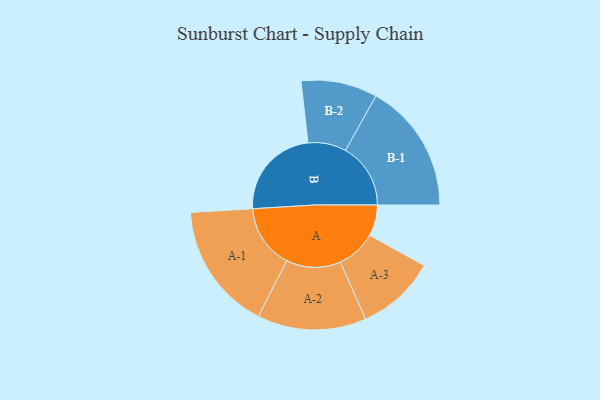
{"axis": {"x": "Segment", "y": "Value"}, "legend": ["", "A", "B"], "data": [{"x": "A", "y": 122, "type": ""}, {"x": "B", "y": 366, "type": ""}, {"x": "A-1", "y": 251, "type": "A"}, {"x": "A-2", "y": 214, "type": "A"}, {"x": "A-3", "y": 156, "type": "A"}, {"x": "B-1", "y": 256, "type": "B"}, {"x": "B-2", "y": 150, "type": "B"}]}